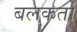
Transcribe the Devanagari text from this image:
बलकर्ता